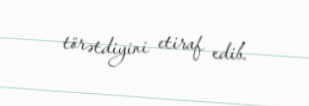
törətdiyini etiraf edib.